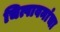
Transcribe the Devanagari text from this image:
चित्पावनांचा